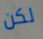
لكن